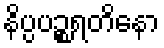
နိပ္ပပဉ္စရတိနော